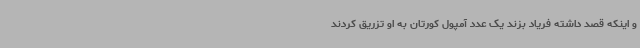
و اینکه قصد داشته فریاد بزند یک عدد آمپول کورتان به او تزریق کردند